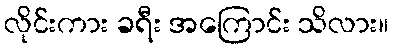
လိုင်းကား ခရီး အကြောင်း သိလား။